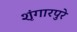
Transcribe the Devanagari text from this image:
शृंगारपुरे